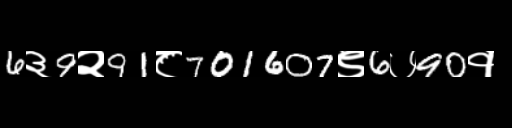
Text: 6३9२91८701607९6७90१